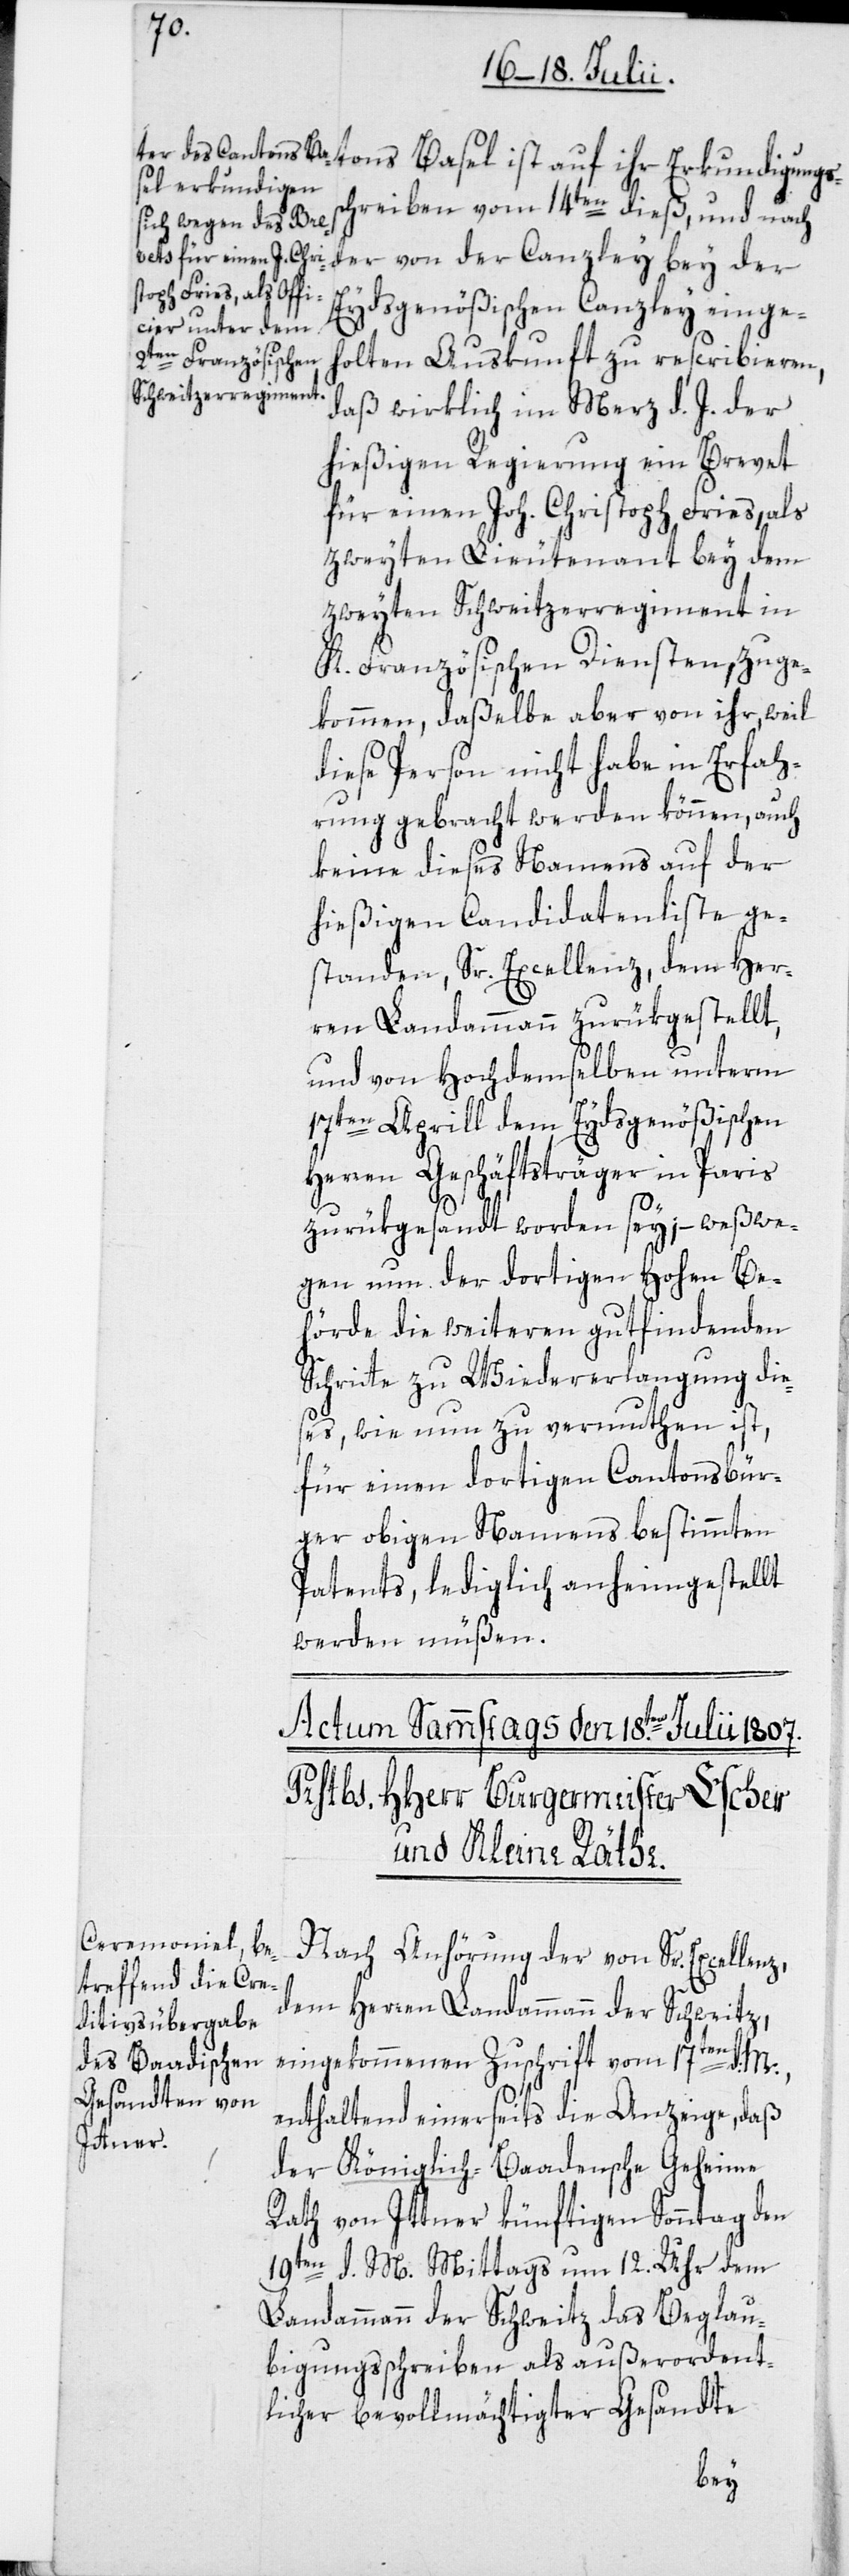
ihr Erkundigungs¬
schreiben vom 14ten dieß, und nach
der von der Canzley bey der
Eydsgenößischen Canzley eingeh¬
olten Auskunft zu rescribieren,
daß wirklich im Merz d. J. der
hießigen Regierung ein Brevet
für einen Joh. Christoph Fries, als
zweyten Lieutenant bey dem
zweyten Schweitzerregiment in
K. Französischen Diensten, zuge¬
kommen, daßelbe aber von ihr, weil
diese Person nicht habe in Erfah¬
rung gebracht werden können, auch
keine dieses Namens auf der
hießigen Candidatenliste ge¬
standen, Sr. Excellenz, dem Her¬
ren Landammann zurükgestellt,
und von Hochdemselben unterm
17ten Aprill dem Eydsgenößischen
Herren Geschäftsträger in Paris
zurükgesandt worden sey; – weßwe¬
gen nun der dortigen Hohen Be¬
hörde die weiteren gutfindenden
Schritte zu Wiedererlangung die¬
ses, wie nun zu vermuthen ist,
für einen dortigen Cantonsbür¬
ger obigen Namens bestimmten
Patents, lediglich anheimgestellt
werden müßen.
Nach Anhörung der von Sr. Excellenz,
dem Herrren Landammann der Schweitz,
eingekommenen Zuschrift vom 17ten d: M.,
enthaltend einerseits die Anzeige, daß
der Königlich-Baadensche Geheime
Rath von Ittner künftigen Sonntag den
19ten d. M. Mittags um 12. Uhr dem
Landammann der Schweitz das Beglau¬
bigungsschreiben als außerordent¬
licher bevollmächtigter Gesandte